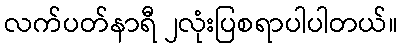
လက်ပတ်နာရီ ၂လုံးပြစရာပါပါတယ်။